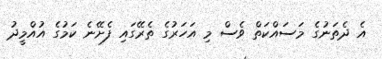
އެ ދެތަނުގެ މަސައްކަތް ވެސް މި އަހަރުގެ ތެރޭގައި ފެށޭނެ ކަމުގެ އުއްމީދު